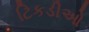
ટિકડીઓ